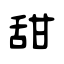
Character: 甜